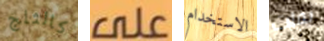
كالثلج على الاستخدام يفلت